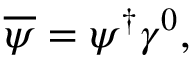
{ \overline { { \psi } } } = \psi ^ { \dagger } \gamma ^ { 0 } ,